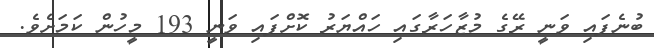
ބުނެފައި ވަނީ ރޭގެ މުޒާހަރާގައި ހައްޔަރު ކޮށްފައި ވަނީ 193 މީހުން ކަމަށެެވެ.